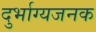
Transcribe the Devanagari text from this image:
दुर्भाग्यजनक